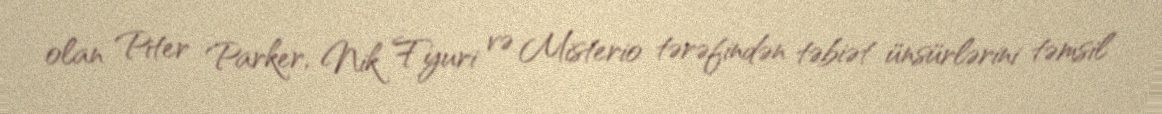
olan Piter Parker, Nik Fyuri və Misterio tərəfindən təbiət ünsürlərini təmsil